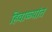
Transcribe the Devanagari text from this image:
हिवाळ्यांत